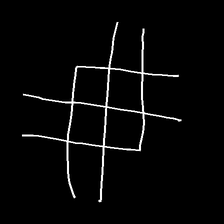
Glyph: crystal